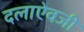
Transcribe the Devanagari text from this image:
दलाऐवजी